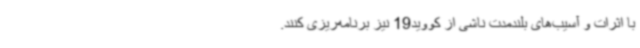
با اثرات و آسیب‌های بلندمدت ناشی از کووید19 نیز برنامه‌ریزی کنند.